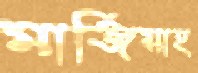
মার্জিয়াহ